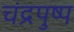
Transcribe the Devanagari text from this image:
चंद्रपुष्प